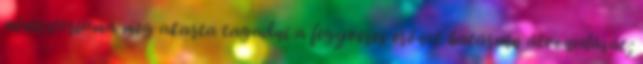
miniszteriuma meg akarta tagadni a fegyveres erőnek határain átvonulását;